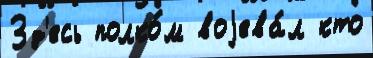
Зд'есь полко́м воjева́л кто